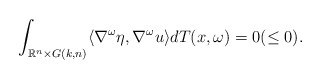
\begin{align*}\int_{\mathbb{R}^n\times G(k,n)} \langle \nabla^{\omega}\eta, \nabla^{\omega}u \rangle dT(x,\omega) =0 ( \leq 0).\end{align*}